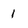
Character: 1